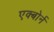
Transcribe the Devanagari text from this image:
एक्बोर्न